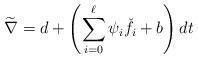
LaTeX: \begin{align*} \widetilde \nabla = d + \left(\sum_{i=0}^\ell \psi_i\check f_i + b\right) dt\end{align*}